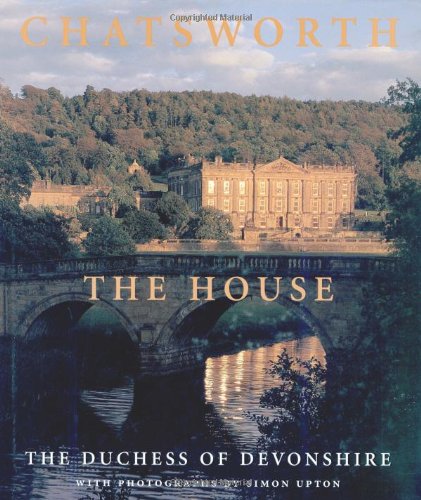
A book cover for Chatsworth: The House; Dowager Duchess of Devonshire; Arts & Photography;